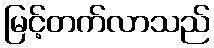
မြင့်တက်လာသည်